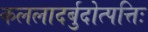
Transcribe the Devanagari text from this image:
कललादर्बुदोत्पत्तिः